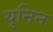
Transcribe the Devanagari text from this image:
युनिन